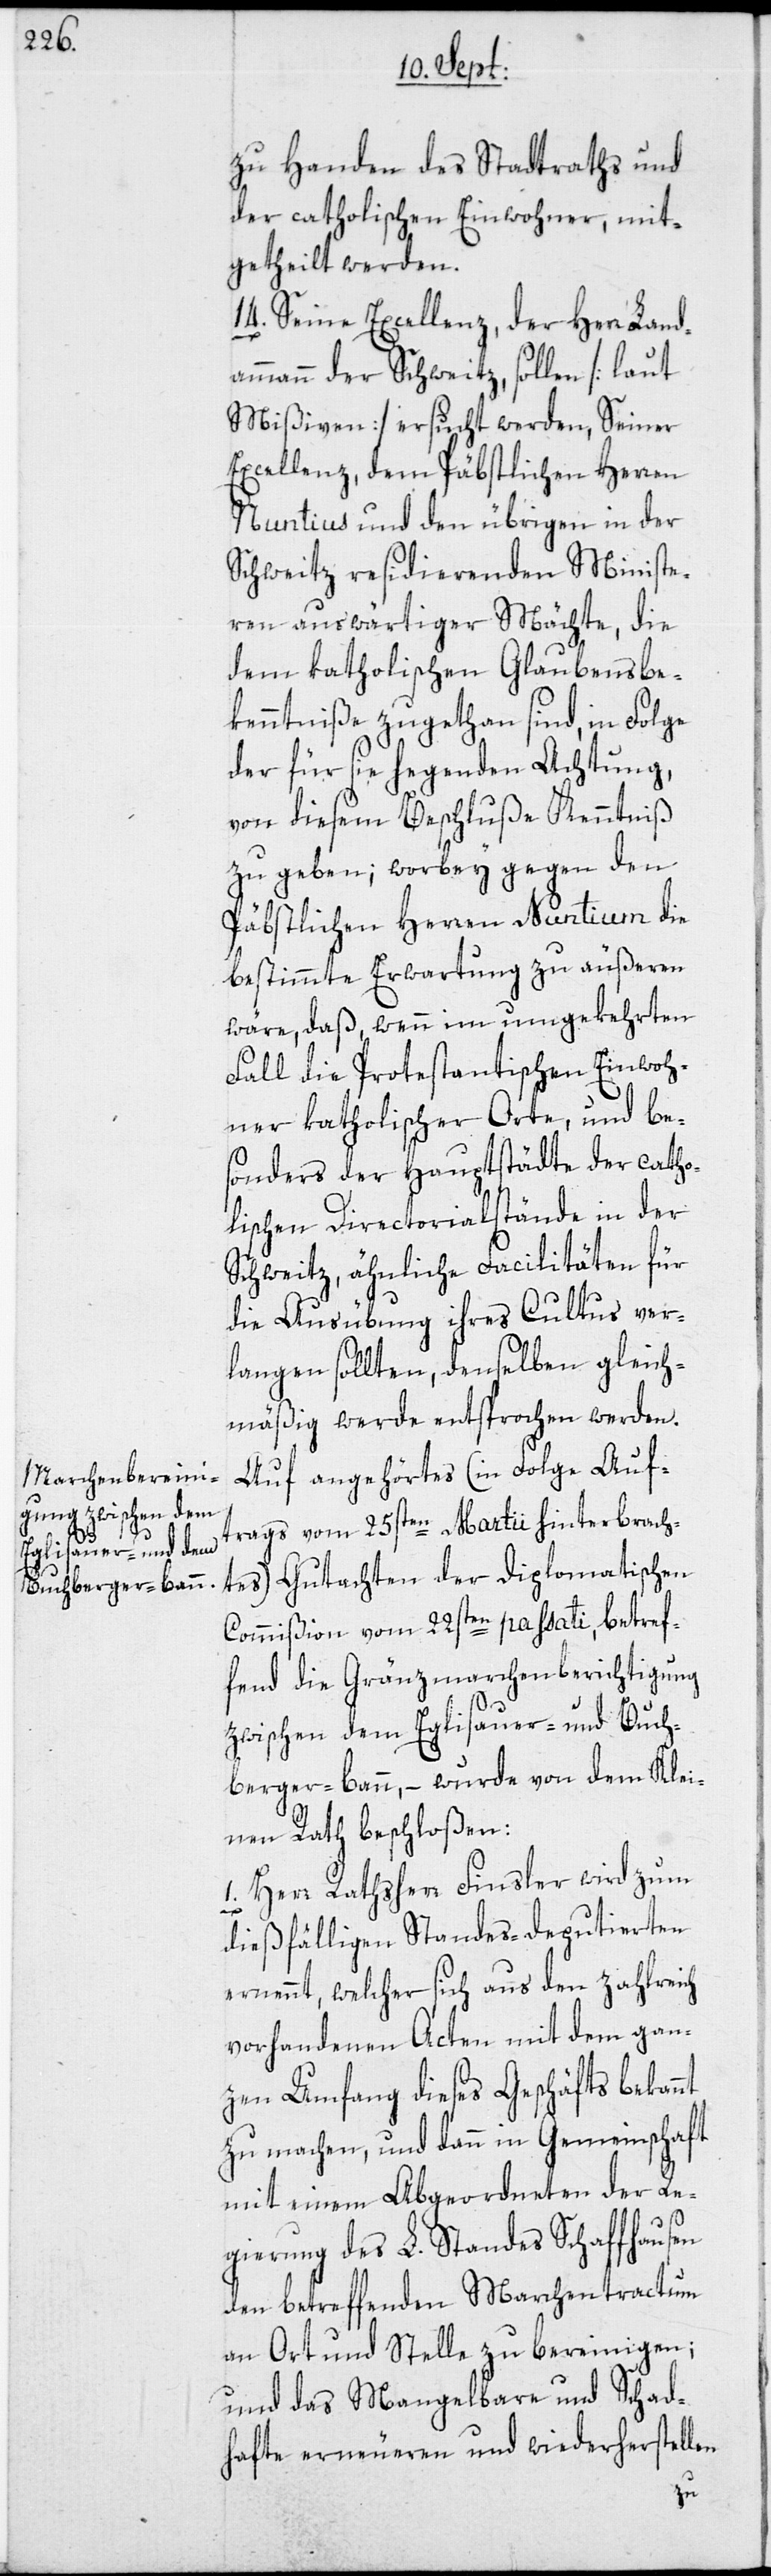
zu Handen des Stadtraths und
der catholischen Einwohner, mit¬
getheilt werden.
14. Seine Excellenz, der Herr Land¬
ammann der Schweitz, sollen [laut
Mißiven] ersucht werden, Seiner
Excellenz, dem Päbstlichen Herren
Nuntius und den übrigen in der
Schweitz residierenden Ministe¬
ren auswärtiger Mächte, die
dem katholischen Glaubensbe¬
kenntniße zugethan sind, in Folge
der für sie hegenden Achtung,
von diesem Beschluße Kenntniß
zu geben; worbey gegen den
Päbstlichen Herren Nuntium die
bestimmte Erwartung zu äußeren
wäre, daß, wenn im umgekehrten
Fall die Protestantischen Einwoh¬
ner katholischer Orte, und be¬
sonders der Hauptstädte der catho¬
lischen Directorialstände in der
Schweitz, ähnliche Facilitäten für
die Ausübung ihres Cultus ver¬
langen sollten, denselben gleich¬
mäßig werde entsprochen werden.
Auf angehörtes (in Folge Auf¬
trags vom 25sten Martii hinterbrach¬
tes) Gutachten der Diplomatischen
Commißion vom 22sten passati, betref¬
fend die Gränzmarchenberichtigung
zwischen dem Eglisauer- und Buch¬
berger-bann, – wurde von dem Klei¬
nen Rath beschloßen:
1. Herr Rathsherr Finsler wird zum
dießfälligen Standes-deputierten
ernennt, welcher sich aus den zahlreich
vorhandenen Acten mit dem gan¬
zen Umfang dieses Geschäfts bekannt
zu machen, und dann in Gemeinschaft
mit einem Abgeordneten der Re¬
gierung des L. Standes Schaffhausen
den betreffenden Marchentractum
an Ort und Stelle zu bereinigen;
und das Mangelbare und Schad¬
hafte erneueren und wiederherstellen